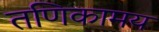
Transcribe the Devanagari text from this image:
तणिकामय